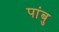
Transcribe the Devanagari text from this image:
पांबु